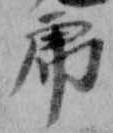
虎